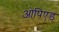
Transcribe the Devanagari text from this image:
ओपिएड